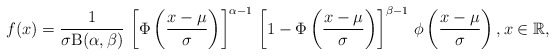
\begin{align*}f(x)=\frac{1}{\sigma\mathrm{B}(\alpha,\beta)}\,\left[\Phi\left( \frac{x-\mu}{\sigma} \right)\right]^{\alpha-1}\,\left[1-\Phi\left(\frac{x-\mu}{\sigma} \right)\right]^{\beta-1}\,\phi\left(\frac{x-\mu}{\sigma} \right),x\in\mathbb{R},\end{align*}